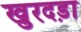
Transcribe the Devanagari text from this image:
खुरदड़ा